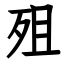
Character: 殂